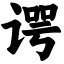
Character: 谔